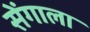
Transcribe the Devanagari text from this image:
सेंगाला